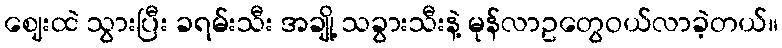
ဈေးထဲ သွားပြီး ခရမ်းသီး အချို့ သခွားသီးနဲ့ မုန်လာဥတွေဝယ်လာခဲ့တယ်။